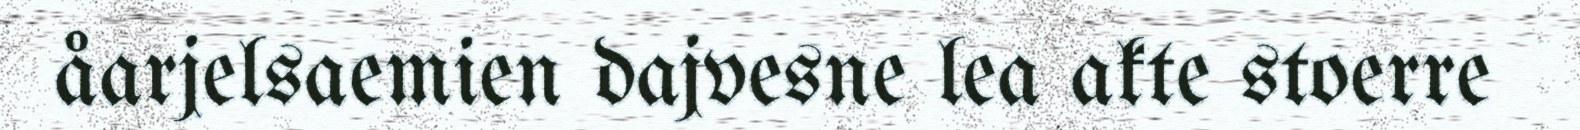
åarjelsaemien dajvesne lea akte stoerre